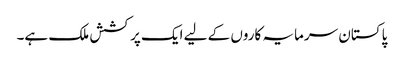
پاکستان سرمایہ کاروں کے لیے ایک پرکشش ملک ہے۔